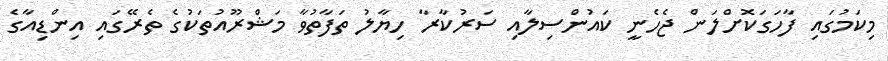
މިކަމުގައި ފާހަގަކޮށްލަން ޖެހެނީ ކައުންސިލާއި ސަރުކާރާ ހިޔާލު ތަފާތުވާ މަޝްރޫއުތަކުގެ ތެރޭގައި އިންޑިއާގެ